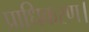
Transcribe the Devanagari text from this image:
प्राधिकरण।